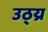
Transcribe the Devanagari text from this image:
उठ्य्र